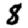
Digit: 8